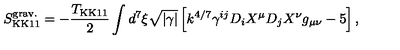
S _ { \mathrm { K K 1 1 } } ^ { \mathrm { g r a v . } } = - { \frac { T _ { \mathrm { K K 1 1 } } } { 2 } } \int d ^ { 7 } \xi \sqrt { | \gamma | } \left[ k ^ { 4 / 7 } \gamma ^ { i j } D _ { i } X ^ { \mu } D _ { j } X ^ { \nu } g _ { \mu \nu } - 5 \right] ,